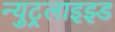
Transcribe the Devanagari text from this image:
न्युट्रलाइझ्ड